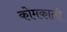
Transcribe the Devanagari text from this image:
कोमकाली